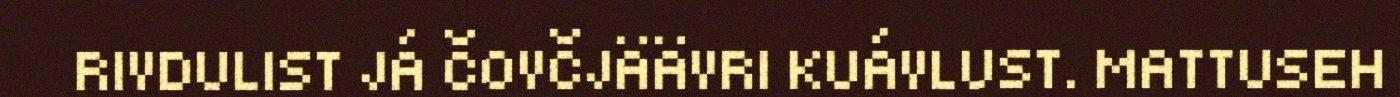
RIVDULIST JÁ ČOVČJÄÄVRI KUÁVLUST. MATTUSEH